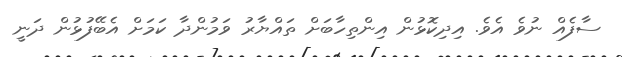
ސާފެއް ނުވެ އެވެ. އިދިކޮޅުން އިންތިހާބަށް ތައްޔާރު ވަމުންދާ ކަމަށް އެބޭފުޅުން ދަނީ